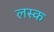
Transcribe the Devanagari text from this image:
लस्क